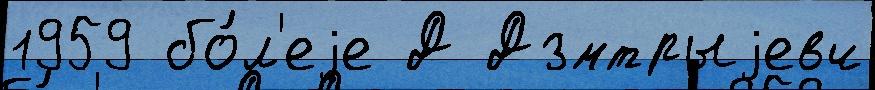
1959 бо́л'еjе Д Дзмтрыjевч